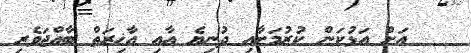
އަށް އަޅުކަން ކުރުމަށާއި ދުނިޔެ އާއި އާޚިރަތް ބާއްޖަވެރި